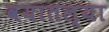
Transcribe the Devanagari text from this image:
वयातल्या